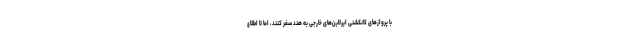
با پروازهای کانکشنی ایرلاین‌های خارجی به هند سفر کنند، اما تا اطلاع